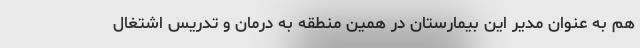
هم به عنوان مدیر این بیمارستان در همین منطقه به درمان و تدریس اشتغال